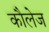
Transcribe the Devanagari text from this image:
कौलेज